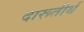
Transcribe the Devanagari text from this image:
दारूतीर्थ